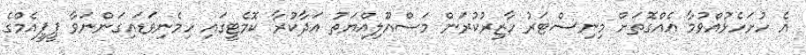
އެ ހުށަހެޅުއްވުމާ އެއްގޮތަށް މިނިސްޓަރު ހާޒިރުކުރަން މަސްއޫލިއްޔަތު އަދާކުރާ ކޮމެޓީގައި ހިމެނިވަޑައިގަންނަވާ ޕީޕީއެމްގެ